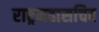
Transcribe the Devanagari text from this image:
राष्ट्रमहासचिव